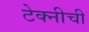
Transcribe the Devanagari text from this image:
टेक्नीची